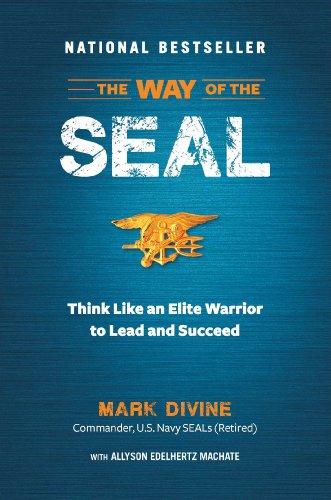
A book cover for The Way of the SEAL: Think Like an Elite Warrior to Lead and Succeed; Mark Divine; Business & Money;